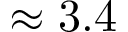
\approx 3 . 4